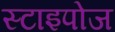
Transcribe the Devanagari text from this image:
स्टाइपोज